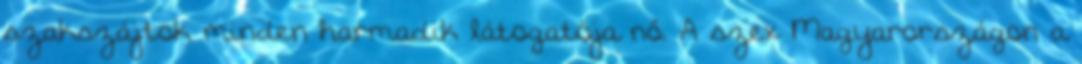
szakszájtok minden harmadik látogatója nő. A szex Magyarországon a